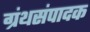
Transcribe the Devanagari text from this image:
ग्रंथसंपादक